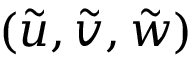
( \tilde { u } , \tilde { v } , \tilde { w } )